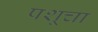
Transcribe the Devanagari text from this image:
पशूचा